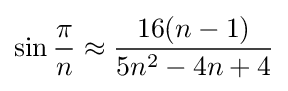
\sin {\frac {\pi }{n}}\approx {\frac {16(n-1)}{5n^{2}-4n+4}}